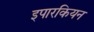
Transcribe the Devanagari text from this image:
इपारकियन